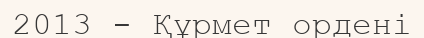
2013 - Құрмет ордені